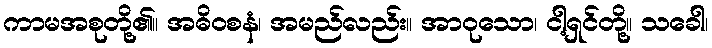
ကာမအစုတို့၏။ အဓိဝစနံ၊ အမည်လည်း။ အာဝုသော၊ ငါ့ရှင်တို့။ သခေါ၊